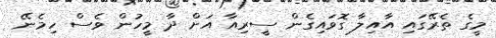
މީގެ ތެރޭގައި އާއިލާ ގޮވައިގެން ސީރިއާ އަށް ދާ މީހުން ވެސް ހިމެނޭ